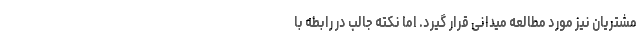
مشتریان نیز مورد مطالعه میدانی قرار گیرد. اما نکته جالب در رابطه با